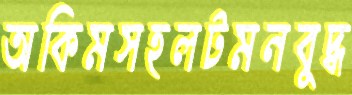
অকিমসহলটমনবুদ্ধ